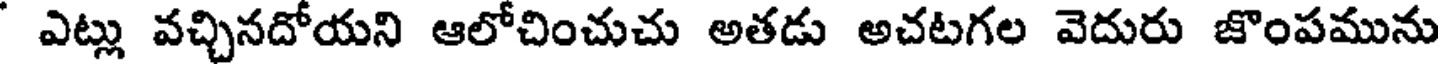
ఎట్లు వచ్చినదోయని ఆలోచించుచు అతడు అచటగల వెదురు జొంపమును